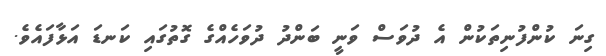
ގިނަ ކުންފުނިތަކުން އެ ދުވަސް ވަނީ ބަންދު ދުވަހެއްގެ ގޮތުގައި ކަނޑަ އަޅާފައެވެ.